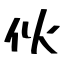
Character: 伙